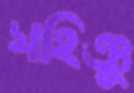
সহিঞ্চু